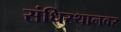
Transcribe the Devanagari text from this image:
संधिस्थानवर